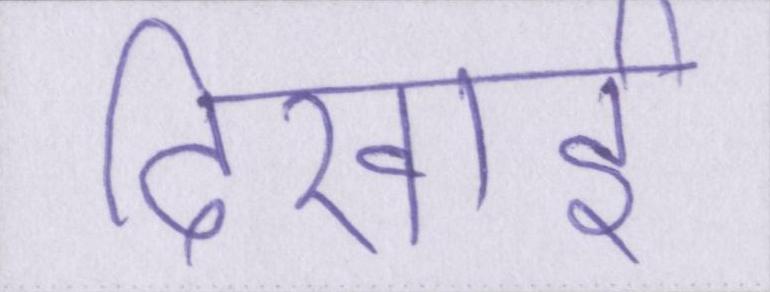
दिखाई